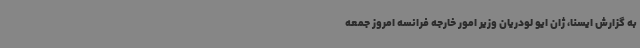
به گزارش ایسنا، ژان ایو لودریان وزیر امور خارجه فرانسه امروز جمعه